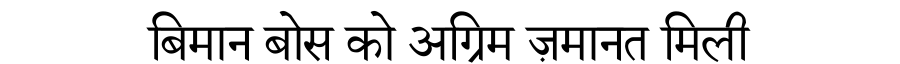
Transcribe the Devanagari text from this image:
बिमान बोस को अग्रिम ज़मानत मिली